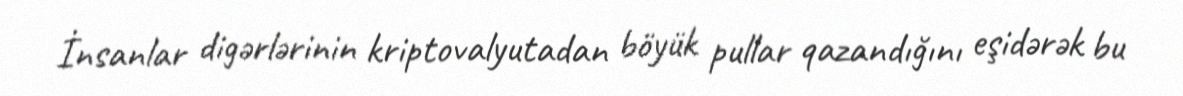
İnsanlar digərlərinin kriptovalyutadan böyük pullar qazandığını eşidərək bu